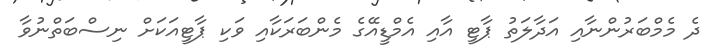
ދެ މެމްބަރުންނާއި އަދާލަތު ޕާޓީ އާއި އެމްޑީއޭގެ މެންބަރަކާއި ވަކި ޕާޓީއަކަށް ނިސްބަތްނުވާ